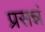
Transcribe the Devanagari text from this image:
प्रसन्नं